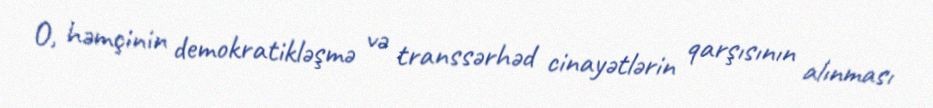
O, həmçinin demokratikləşmə və transsərhəd cinayətlərin qarşısının alınması